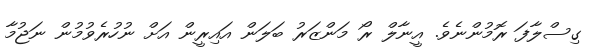
ގިސްލާފަ ރޮމުންނެވެ. އީނާލް ރޯ މަންޒަރު ބަލަން އައިރީން އަށް ނުހުރެވުމުން ނަޖުމާ